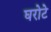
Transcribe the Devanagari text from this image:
घरोटे